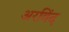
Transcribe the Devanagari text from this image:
अरविंद